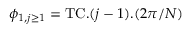
\phi _ { 1 , j \ge 1 } = \mathrm { T C } . ( j - 1 ) . ( 2 \pi / N )